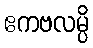
ဧကဗလမ္ပိ